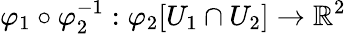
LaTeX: \varphi_{1}\circ\varphi_{2}^{-1}:\varphi_{2}[U_{1}\cap U_{2}]\to\mathbb{R}^{2}